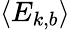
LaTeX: \langle E_{k,b}\rangle